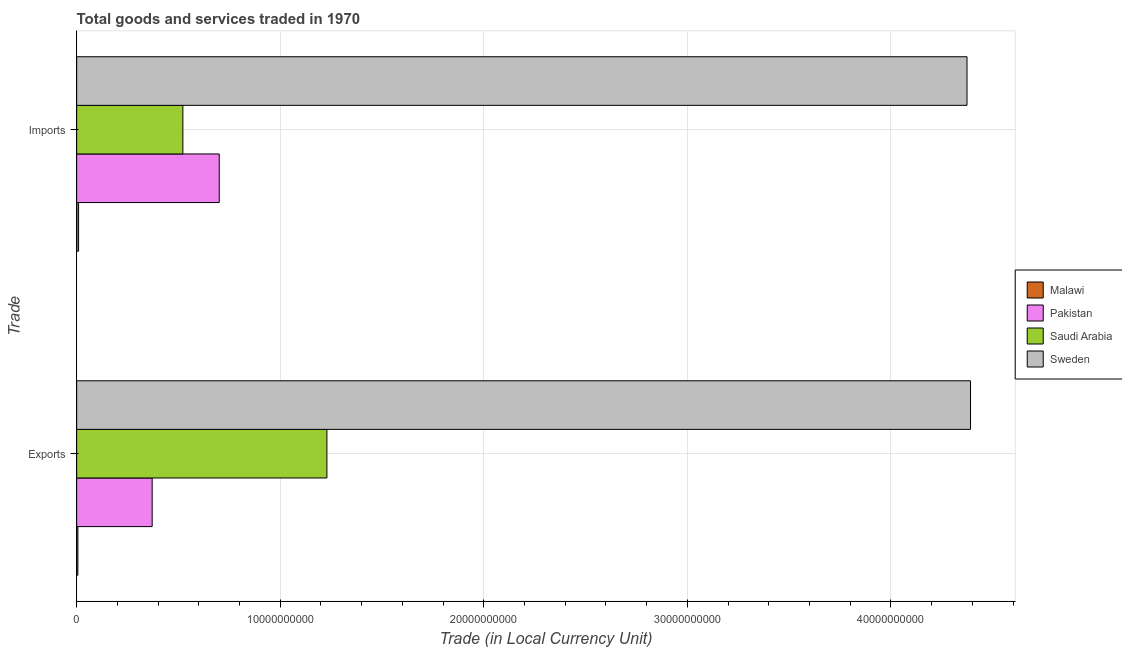
| Trade | Malawi | Pakistan | Saudi Arabia | Sweden |
 | --- | --- | --- | --- | --- |
 | Exports | 5.87e+07 | 3.71e+09 | 1.23e+10 | 4.39e+10 |
 | Imports | 9.48e+07 | 7e+09 | 5.22e+09 | 4.37e+10 |